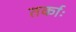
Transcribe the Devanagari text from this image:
तर्काः